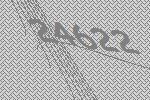
24622